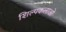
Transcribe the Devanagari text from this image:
शिल्पकलाओं